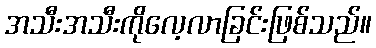
အသီးအသီးကိုလေ့လာခြင်းဖြစ်သည်။